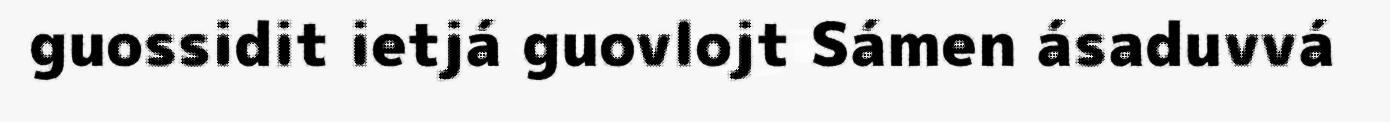
guossidit ietjá guovlojt Sámen ásaduvvá